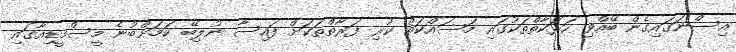
އިސްނަގައިގެން ބޭއްވި ހަރަކާތްތަކުގައި މަސައްކަތް ކުރި ފަރާތްތަކަށް ފައިސާ ނުލިބޭ ކަމަށްބުނެ މީސްމީޑިއާގައި